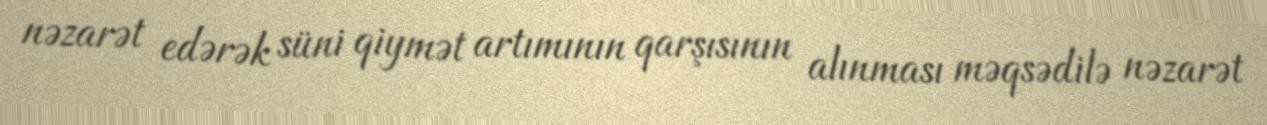
nəzarət edərək süni qiymət artımının qarşısının alınması məqsədilə nəzarət